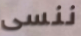
ننسى